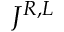
J ^ { R , L }